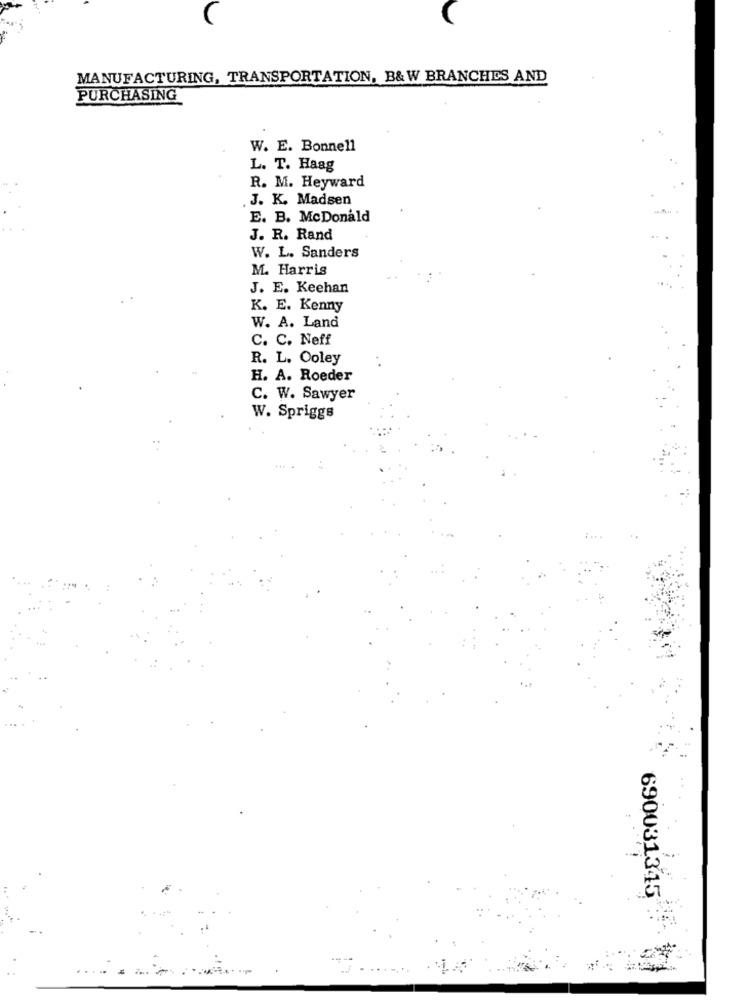
MANUFACTURING, TRANSPORTATION, B&W BRANCHES AND
PURCHASING
W. E. Bonnell
L. T. Haag
R. M. Heyward
J. K. Madsen
E. B. McDonald
J. R. Rand
W. L. Sanders
M. Harris
J. E. Keehan
K. E. Kenny
W. A. Land
C. C. Neff
R. L. Ooley
H. A. Roeder
C. W. Sawyer
W. Spriggs
690031345